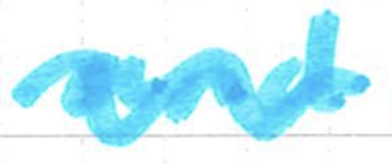
Text: and
Cross-out: wave
Writing tool: marker